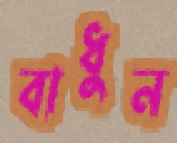
বাধুন